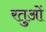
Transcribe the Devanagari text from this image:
रतुओं